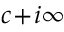
c \! + \! i \infty